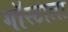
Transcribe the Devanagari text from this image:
गॉस्टाला